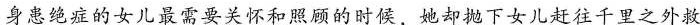
身患绝症的女儿最需要关怀和照顾的时候，她却抛下女儿赶往千里之外救